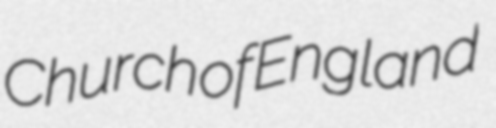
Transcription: Church of England